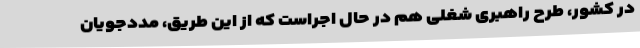
در کشور، طرح راهبری شغلی هم در حال اجراست که از این طریق، مددجویان